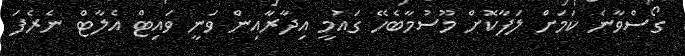
ގޯސްވާނެ ކަމަށް ލަފާކޮށް މޫސުމާބެހޭ ގައުމީ އިދާރާއިން ވަނީ ވައިޓް އެލާޓް ނެރެފަ